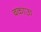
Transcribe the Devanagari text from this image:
बकाऊ